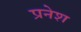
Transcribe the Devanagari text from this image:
प्रनेश